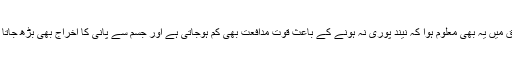
تحقیق میں یہ بھی معلوم ہوا کہ نیند پوری نہ ہونے کے باعث قوت مدافعت بھی کم ہوجاتی ہے اور جسم سے پانی کا اخراج بھی بڑھ جاتا ہے۔